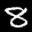
Label: 8